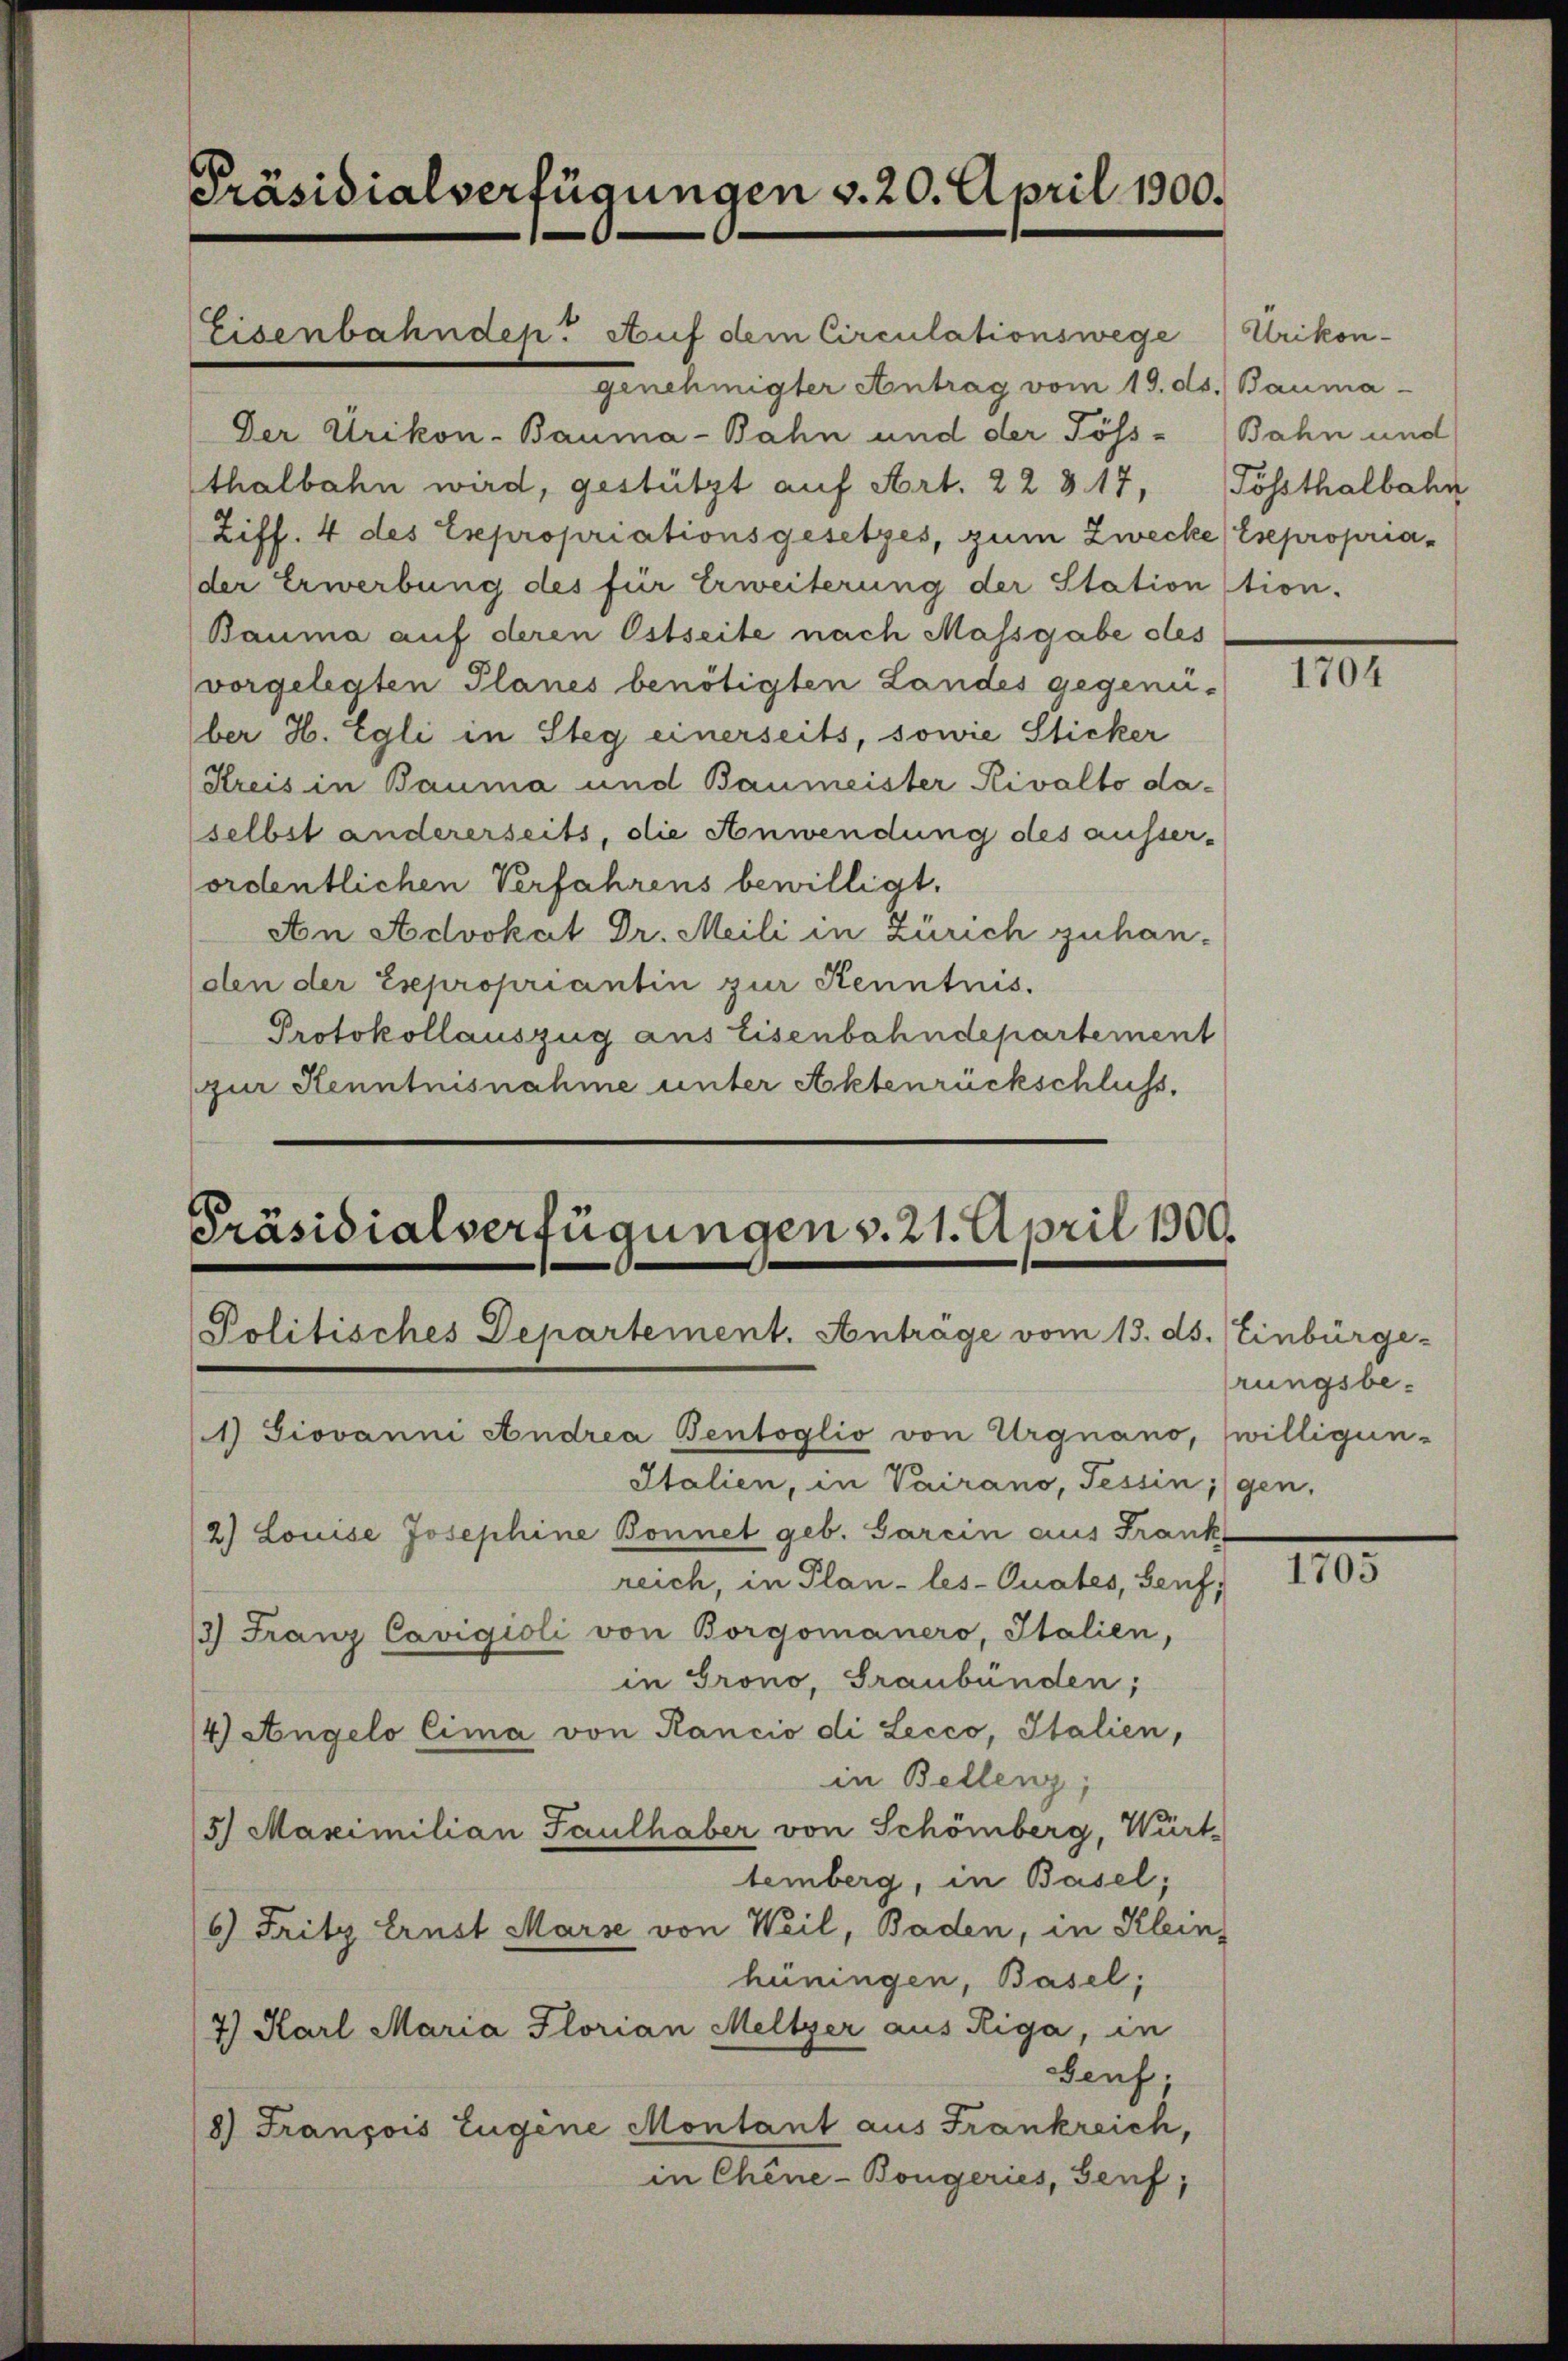
Präsidialverfügungen v. 20. April 1900.

Eisenbahnden. Auf dem Circulationswege
genehmigter Antrag vom 19. ds. Bauma
Der Urikon-Bauma-Bahn und der Pöss-Bahn und
thalbahn wird, gestützt auf Art. 22 § 17, Tössthalbahn
Ziff. 4 des Expropriationsgesetzes, zum Zwecke Esepropriader Erwerbung des für Erweiterung der Station tion.
Bauma auf deren Ostseite nach Massgabe des
vorgelegten Planes benötigten Landes gegenüber H. Egli in Steg einerseits, sowie Sticker
Kreis in Bauma und Baumeister Rivalto daselbst andererseits, die Anwendung des ausser-
ordentlichen Verfahrens bewilligt.
An Advokat Dr. Meili in Zürich zuhan-
(oben der Expropriantin zur Kenntnis.
Protokollauszug aus Eisenbahndepartement
zur Kenntnisnahme unter Aktenrückschluss,

Präsidialverfügungen v. 21. April 1900.
Politisches Departement. Anträge vom 15. ds. Einbürge-

2) Louise Josephine Bonnet geb. Garein aus Frank

1) Giovanni Andrea Bentoglio von Urgnano, willigun¬
Italien, in Vairano, Tessingen,
reich, in Plan -les-Quates, Senf,
13) Franz Cavigioli von Borgomanero, Italien,
in Grono, Graubünden;
4) Angelo Cima von Rancio di Lecco, Italien,
in Bellenz,
5) Maximilian Saulhaber von Schönberg, Würt
temberg, in Basel;
6) Fritz Ernst Marse von Weil, Baden, in Klein
hüningen, Basel;
7) Karl Maria Florian Meltzer aus Riga, in
Genf.
8) François Eugene Montant aus Frankreich,
in Chine-Bongeries, Genf,

Urikon-

rungsbe¬

1704

III.